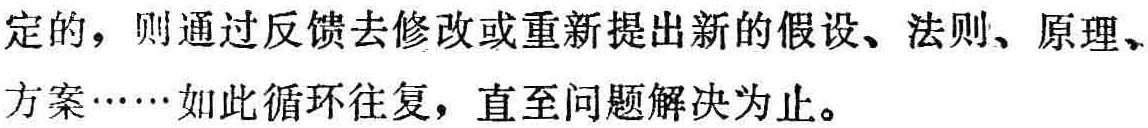
定的，则通过反馈去修改或重新提出新的假设、法则、原理、方案……如此循环往复，直至问题解决为止。